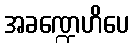
အခဏ္ဍေဟိပေ